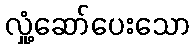
လှုံ့ဆော်ပေးသော